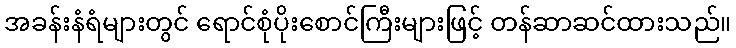
အခန်းနံရံများတွင် ရောင်စုံပိုးစောင်ကြီးများဖြင့် တန်ဆာဆင်ထားသည်။